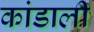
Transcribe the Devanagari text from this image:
कांडाली